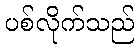
ပစ်လိုက်သည်